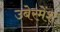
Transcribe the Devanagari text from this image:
उबेरमेंश